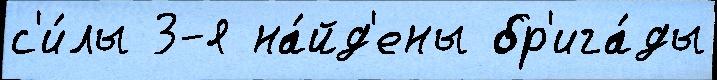
с'и́лы 3-я на́йд'ены бр'ига́ды